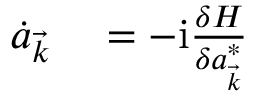
\begin{array} { r l } { \dot { a } _ { \vec { k } } } & { { } = - \mathrm i \frac { \delta H } { \delta a _ { \vec { k } } ^ { * } } } \end{array}